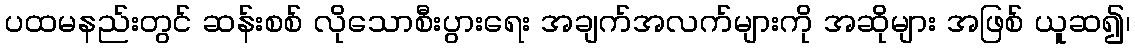
ပထမနည်းတွင် ဆန်းစစ် လိုသောစီးပွားရေး အချက်အလက်များကို အဆိုများ အဖြစ် ယူဆ၍၊